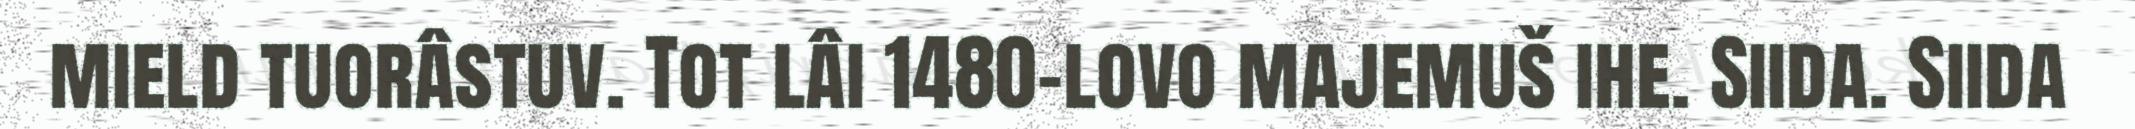
mield tuorâstuv. Tot lâi 1480-lovo majemuš ihe. Siida. Siida